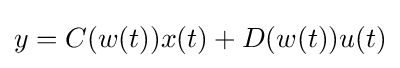
y=C(w(t))x(t)+D(w(t))u(t)